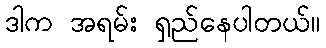
ဒါက အရမ်း ရှည်နေပါတယ်။